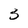
Character: 3